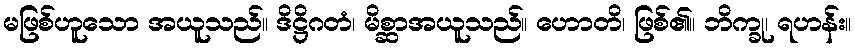
မဖြစ်ဟူသော အယူသည်။ ဒိဋ္ဌိဂတံ၊ မိစ္ဆာအယူသည်။ ဟောတိ၊ ဖြစ်၏။ ဘိက္ခု၊ ရဟန်း။